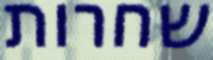
שחרות